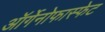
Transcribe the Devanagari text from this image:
ऑर्गेनोफास्फेट